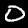
Label: 0